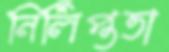
নির্লিপ্ততা